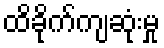
ထိခိုက်ကျဆုံးမှု